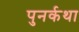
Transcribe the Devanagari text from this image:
पुनर्कथा